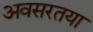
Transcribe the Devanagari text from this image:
अवसरतया